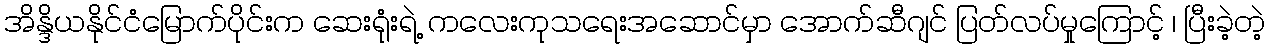
အိန္ဒိယနိုင်ငံမြောက်ပိုင်းက ဆေးရုံးရဲ့ ကလေးကုသရေးအဆောင်မှာ အောက်ဆီဂျင် ပြတ်လပ်မှုကြောင့် ၊ ပြီးခဲ့တဲ့